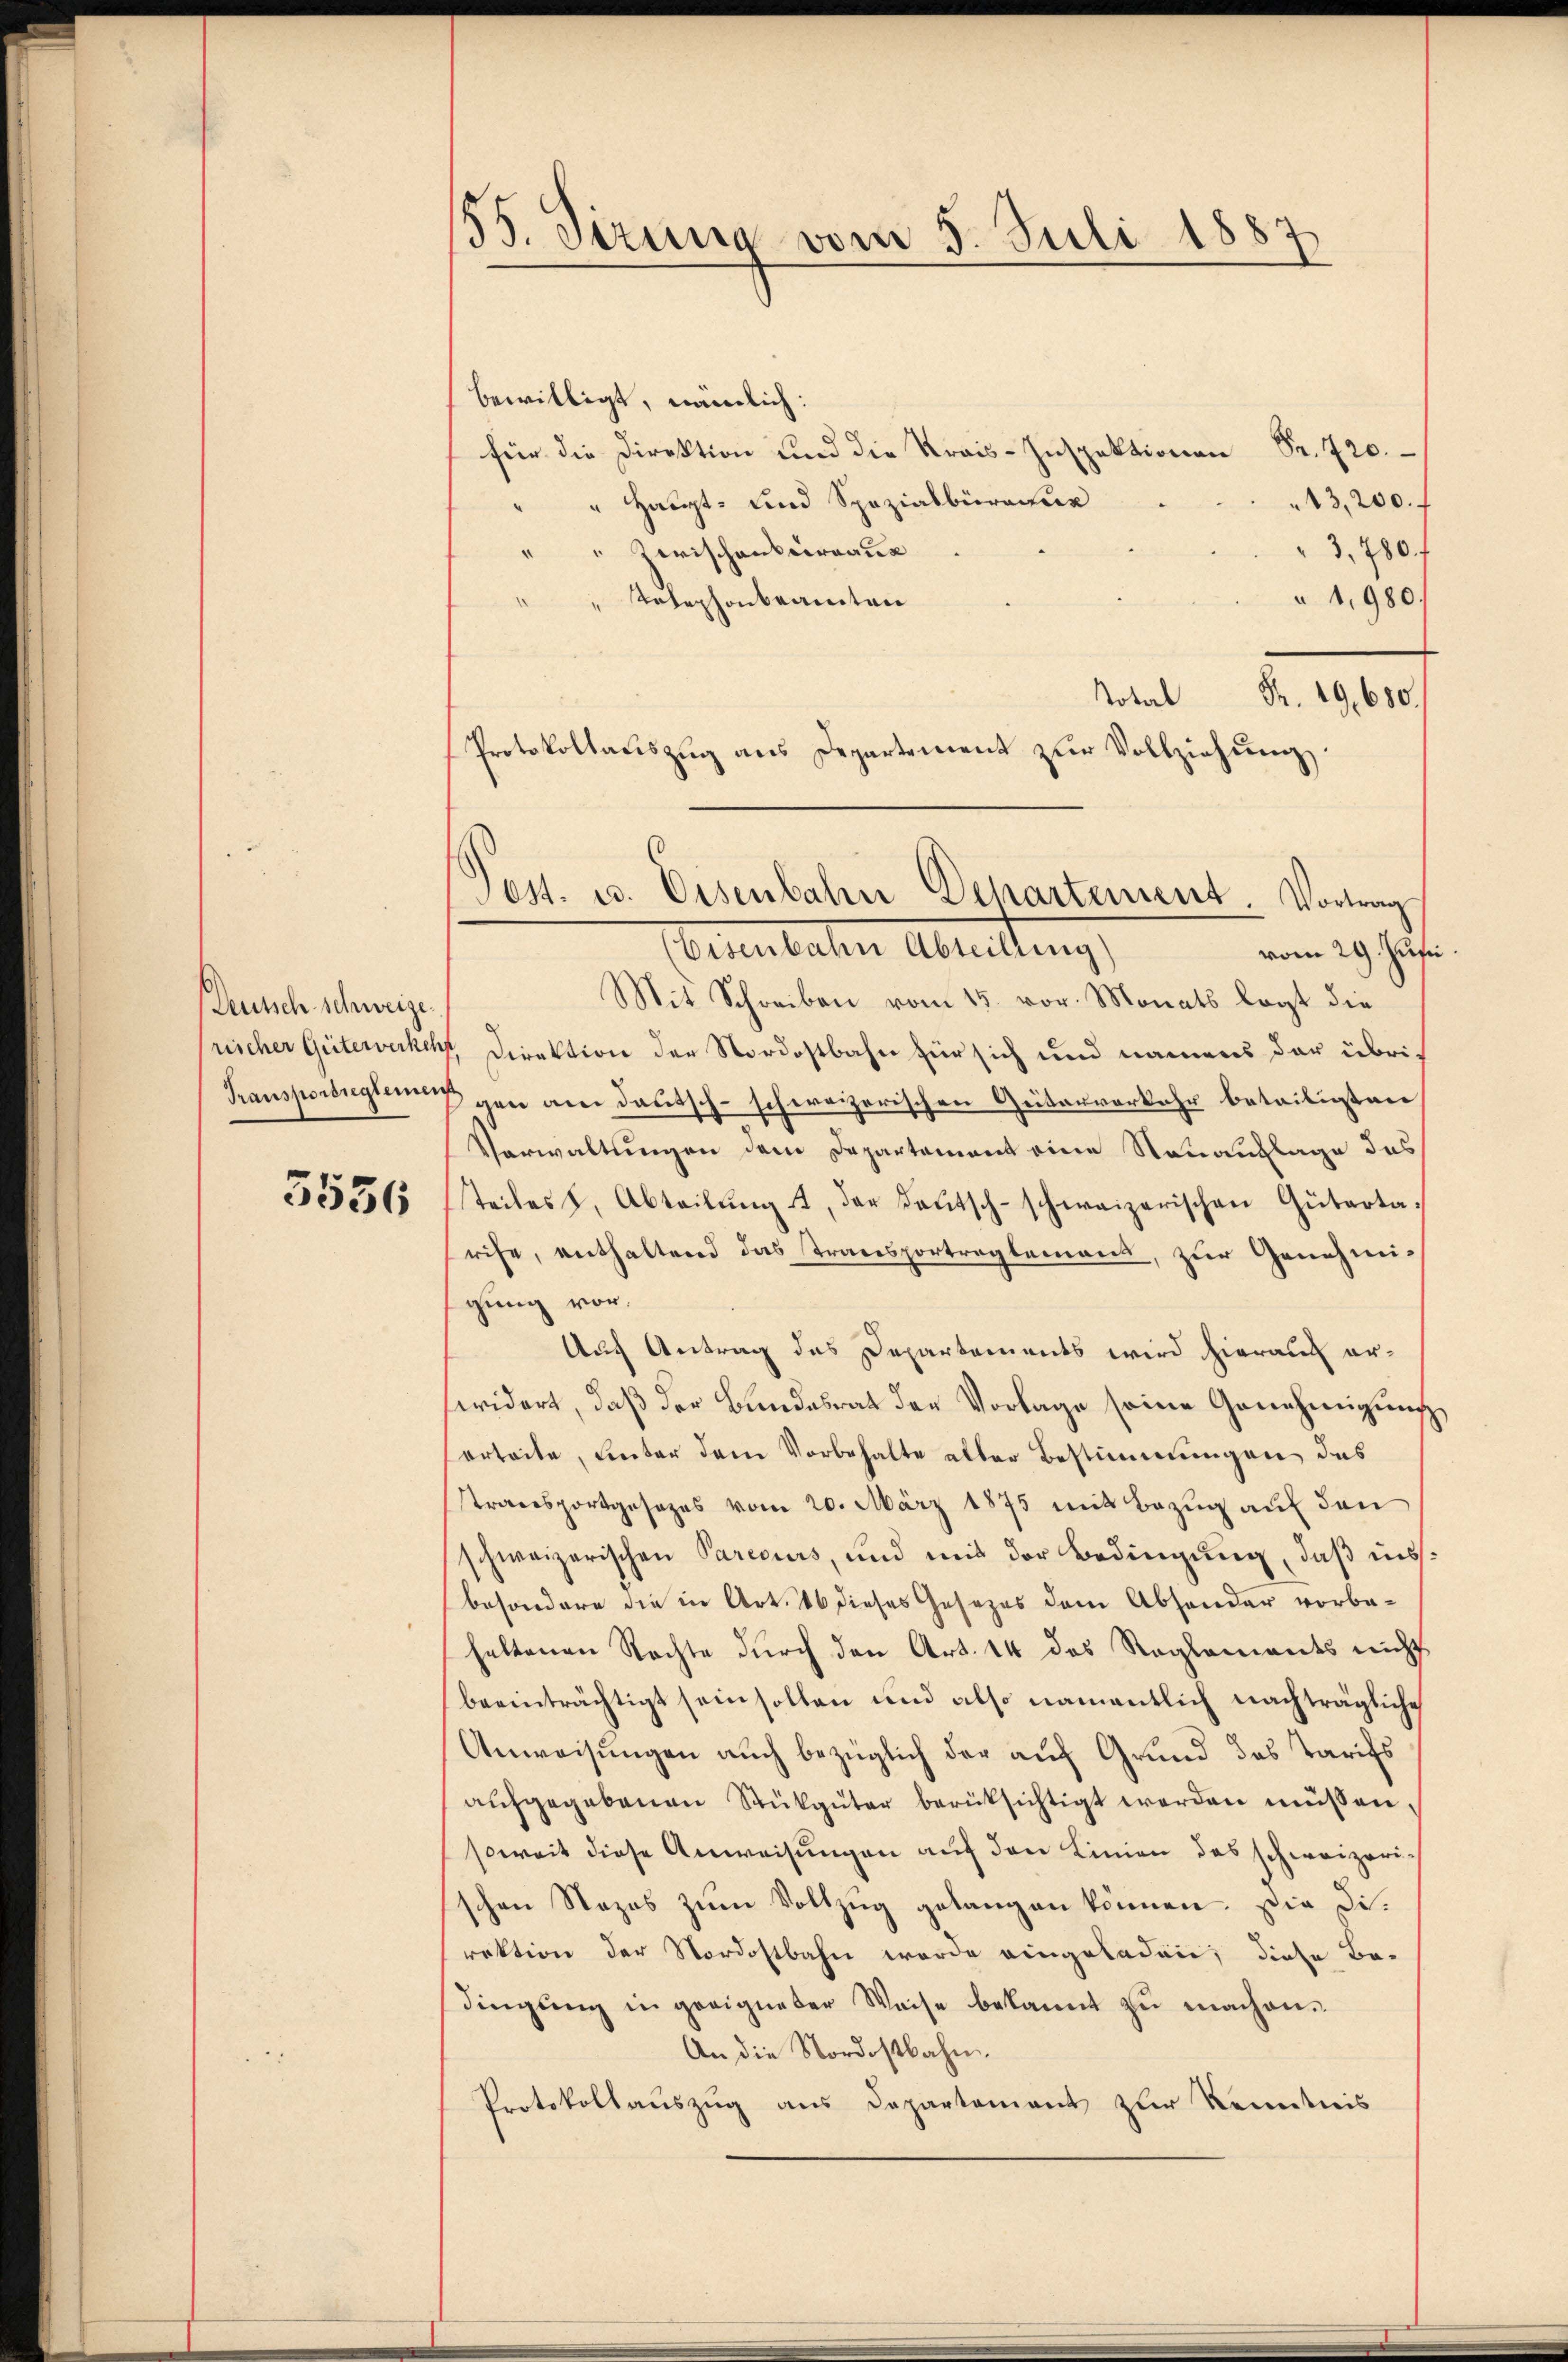
Deutsch schweize

5556

55. Sizung vom 5. Juli 1887

bewilligt, nämlich:
für die Direktion und die Krais-Inspektion Sr. 720.
13,200. f
" Haupt- und Spezialbüractur
" Zwischenbureaux
3, 280 f
1,980.
Telephonbeamten
Total Fr. 29, 680.
Ernenbachen Abreitung,
vom 29. Jusi
Mit Schreiben vom 15. vor. Monats legt die
sreicher Güterverkehr, Direktion der Nordostbahn für sich und namens der übri¬
Transpornging gen am deutsch-schweizerischen Güterverkehr beteiligten
Verwaltungen dem Departement eine Neuauflage des
teiles 8. Abteilŭng 4. der Baŭtsch-schweizerischen Güterta-
rise, enthaltend das Transportreglemens, zur Genehmi-
gung vor.
Auch Antrag des Departements wird hierauf erfwidert, daß der Bundesrat der Vorlage seine Genehmigung
erteile, Enter dem Vorbehalte aller Bestimmungen das
transportgesezes vom 20. März 1875 mit Bezug auf den
schweizerischen Parecurs, und mit der Bedingung, daß insbesondere die in Art. 86 dieses Gesezes dem Absonder vorbehaltenen Rechte durch den Art. 14 des Reglements nicht
beeinträchtigt sein sollen und also namentlich nachträgliche
Anweisungen auch bezüglich der auf Grund des Tarifs
aufgegebenen Stükgüter berüksichtigt werden müssen.
soweit diese Anweisungen auf den Linien des schweizeri-
schen Nazas zum Vollzug gelangen können. Die Direktion der Nordostbahn werde eingeladen; diese Be-
dingŭng in geeigneter Weise bekannt zu machen.
An die Nordostbahn.
Protokollauszug aus Departement zur Kenntnis

Protokollauszug aus Departement zur Vollziehung.
Post. u. Eisenbahn Departement. Vortrag,